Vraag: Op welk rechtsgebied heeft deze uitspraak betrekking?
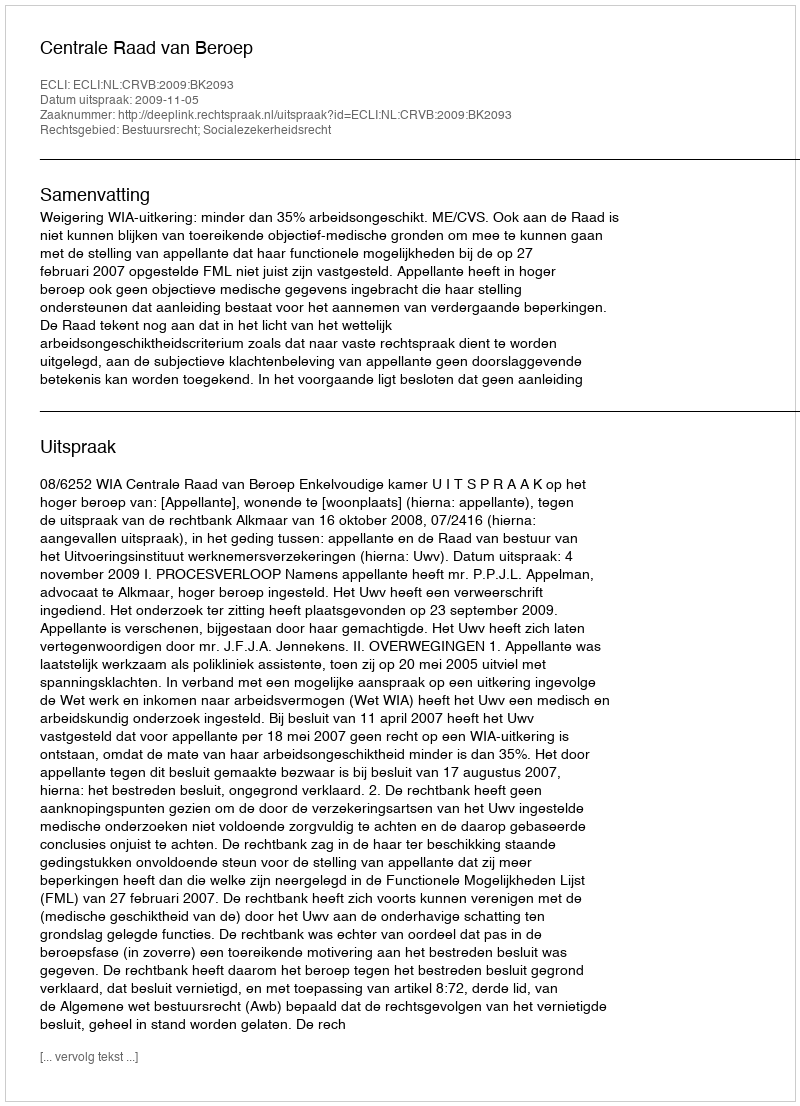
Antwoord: Bestuursrecht; Socialezekerheidsrecht